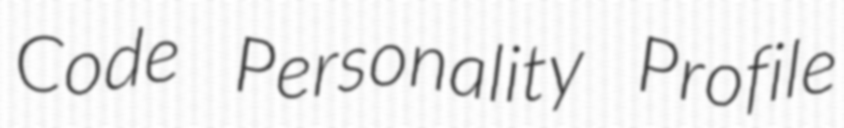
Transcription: Code Personality Profile